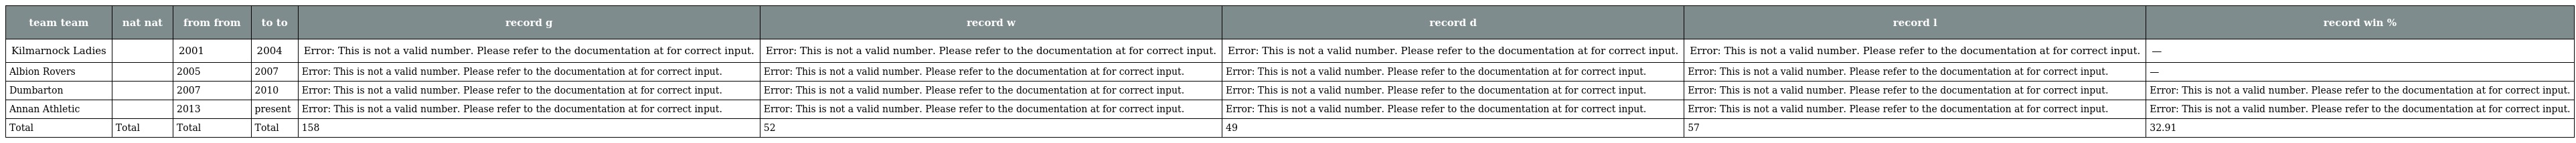
| team team | nat nat | from from | to to | record g | record w | record d | record l | record win % |
 | --- | --- | --- | --- | --- | --- | --- | --- | --- |
 | Kilmarnock Ladies |  | 2001 | 2004 | Error: This is not a valid number. Please refer to the documentation at for correct input. | Error: This is not a valid number. Please refer to the documentation at for correct input. | Error: This is not a valid number. Please refer to the documentation at for correct input. | Error: This is not a valid number. Please refer to the documentation at for correct input. | — |
 | Albion Rovers |  | 2005 | 2007 | Error: This is not a valid number. Please refer to the documentation at for correct input. | Error: This is not a valid number. Please refer to the documentation at for correct input. | Error: This is not a valid number. Please refer to the documentation at for correct input. | Error: This is not a valid number. Please refer to the documentation at for correct input. | — |
 | Dumbarton |  | 2007 | 2010 | Error: This is not a valid number. Please refer to the documentation at for correct input. | Error: This is not a valid number. Please refer to the documentation at for correct input. | Error: This is not a valid number. Please refer to the documentation at for correct input. | Error: This is not a valid number. Please refer to the documentation at for correct input. | Error: This is not a valid number. Please refer to the documentation at for correct input. |
 | Annan Athletic |  | 2013 | present | Error: This is not a valid number. Please refer to the documentation at for correct input. | Error: This is not a valid number. Please refer to the documentation at for correct input. | Error: This is not a valid number. Please refer to the documentation at for correct input. | Error: This is not a valid number. Please refer to the documentation at for correct input. | Error: This is not a valid number. Please refer to the documentation at for correct input. |
 | Total | Total | Total | Total | 158 | 52 | 49 | 57 | 32.91 |